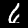
Label: 6